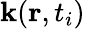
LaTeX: \mathbf{k}(\mathbf{{r}},t_{i})